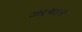
ઝાચાર